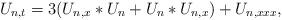
LaTeX: \begin{align*}U_{n,t} = 3(U_{n,x}\ast U_n + U_n\ast U_{n,x}) + U_{n,xxx},\end{align*}